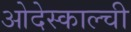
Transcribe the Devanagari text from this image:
ओदेस्काल्ची